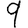
Digit: 9